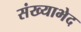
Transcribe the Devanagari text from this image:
संख्याभेद